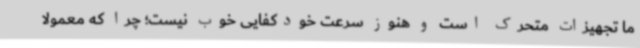
ما تجهیزات متحرک است و هنوز سرعت خودکفایی خوب نیست؛ چرا که معمولا